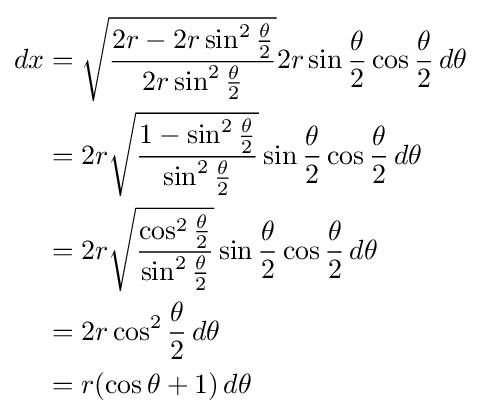
{\begin{aligned}dx&={\sqrt {\frac {2r-2r\sin ^{2}{\frac {\theta }{2}}}{2r\sin ^{2}{\frac {\theta }{2}}}}}2r\sin {\frac {\theta }{2}}\cos {\frac {\theta }{2}}\,d\theta \\&=2r{\sqrt {\frac {1-\sin ^{2}{\frac {\theta }{2}}}{\sin ^{2}{\frac {\theta }{2}}}}}\sin {\frac {\theta }{2}}\cos {\frac {\theta }{2}}\,d\theta \\&=2r{\sqrt {\frac {\cos ^{2}{\frac {\theta }{2}}}{\sin ^{2}{\frac {\theta }{2}}}}}\sin {\frac {\theta }{2}}\cos {\frac {\theta }{2}}\,d\theta \\&=2r\cos ^{2}{\frac {\theta }{2}}\,d\theta \\&=r(\cos \theta +1)\,d\theta \end{aligned}}